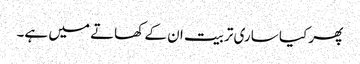
پھر کیا ساری تربیت ان کے کھاتے میں ہے۔